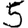
Digit: 5